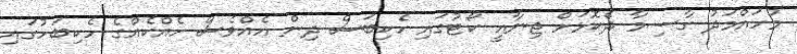
މުހައްމަދު ގާސިމާ ދެކޮޅަށް ޖިނާއީ ކޯޓުގައި ހެކިބަސް ދިން އެއްވެސް ހެއްކެއްގެ ހެކިބަހުގައި